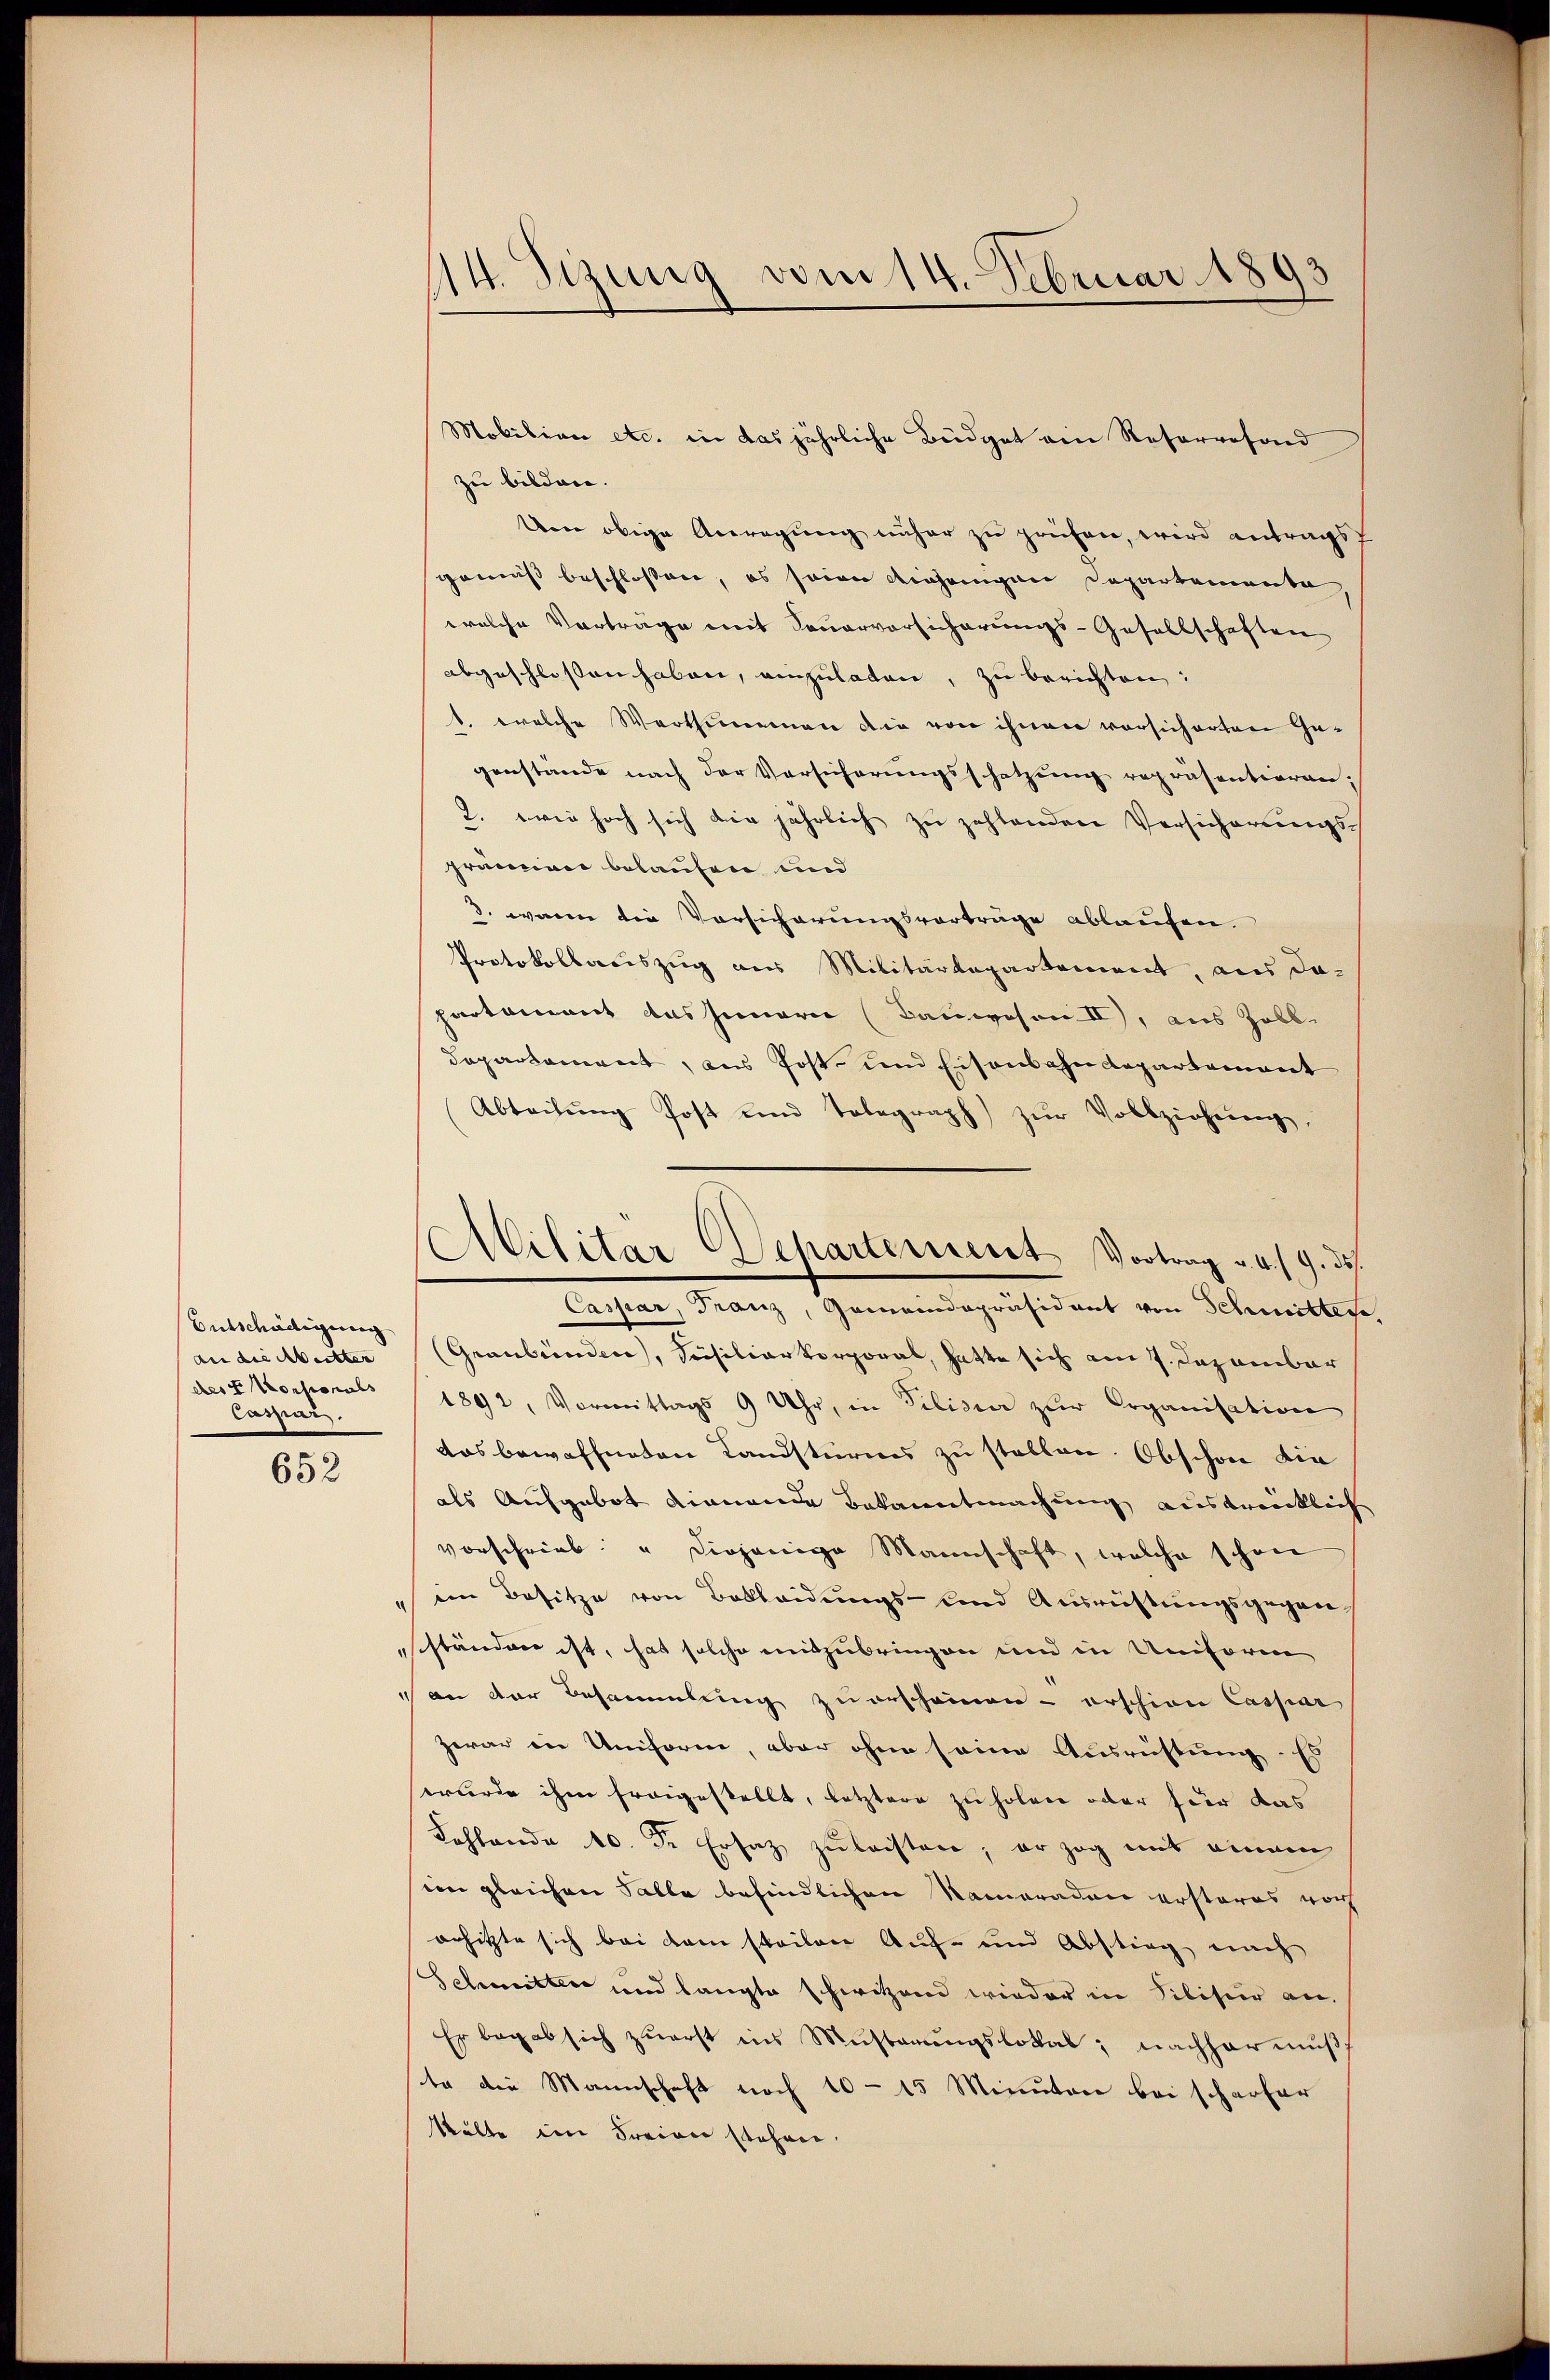
Entschädigung
an die Meister
des Corporals
Caspar

652

14. Sizung vom 14. Februar 1893

Mobilian etc. in das jährliche Büdget am Resorgesond
zu bilden.
ten obige Anregung näher zu prüfen, wird antragst
gemäß beschloßen, es seien denjenigen Departementa,
welche Vorträge mit Feuerversicherungs-Gesellschaften
abgeschloßen haben, einzuladen, zu berichten:
1. welche Werthummen die von ihnen vorsicherten Ge-
genstände nach der Vorsicherungsssatzung repräsentieren;
2. wei hoch sich die jährlich zu zahlenden Versicherŭngs-
prämien belaufen und
3. waren die Vorsicherungsvorträge ablaufen.
Protokollariszug aus Militärdepartement, aus da-
partement das Innern (Bauwesen II), aus Zoll
Dapartament, aus Post- und Eisenbahndepartement
Abteilŭng Post und Tolegraph zŭr Vollziehung,
Caspar, Franz, Gemeindepräsident von Schmittes
(Graubünden, Siciliar Vorporal, hatte sich am 7. Dezember
1892, Vormittags 9 Uhr, in Pilisier zur Organisation
das bewaffneten Landstürmes zu stellen. Obschon die
als Aufgebot dienende Bekanntmachung ausdrücklich
vorschrieb: "Diejenige Mannschaft, welche schon
ein Besitze von Bekleidŭngs- und Ausrüstungsgegen-
ständen ist, hat solche mitzubringen und in Uniforen
an der Besammlung zuerscheinen erschien Caspar
zwar in Uniform, aber ohne seine Ausrichtung. Es
wurde ihm frogestellt, letztere zu holen oder für das
Kohlende 10. d. Ersatz zulasten, er zog mit einem
sien gleichen Falle befindlichen Nameradere ersteres vorh
arhitzte sich bei dem stailare Auf- und Abstieg nach
Schmitter und langte schwitzend wieder in Silisier an.
Er begab sich zuerst ins Musterungslokal, nachher muß.
te die Mannschaft noch 10 - 15 Minuten bei schärfer
Walte im Freiner stehen.

Atilitar Departement Vortrag u. 4./. 9. Jes.